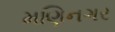
મણિનગર